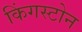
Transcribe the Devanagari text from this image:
किंगस्टोन